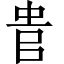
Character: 𠳋